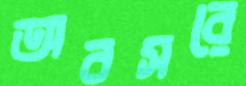
অবসরে